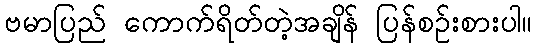
ဗမာပြည် ကောက်ရိတ်တဲ့အချိန် ပြန်စဉ်းစားပါ။